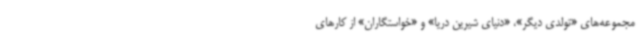
مجموعه‌های «تولدی دیگر»، «دنیای شیرین دریا» و «خواستگاران» از کارهای